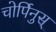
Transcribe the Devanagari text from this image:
चोर्पिनुस्